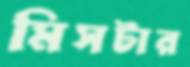
মিসটার